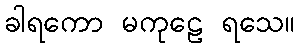
ခါရကော မကုဠေ ရသေ။